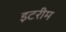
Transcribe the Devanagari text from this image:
इटरीम